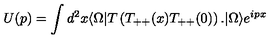
U ( p ) = \int d ^ { 2 } x \langle \Omega | T \left( T _ { + + } ( x ) T _ { + + } ( 0 ) \right) . | \Omega \rangle e ^ { i p x }